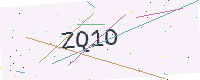
Text: ZQ1O